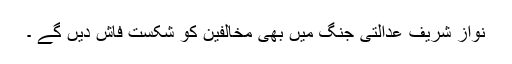
نواز شریف عدالتی جنگ میں بھی مخالفین کو شکست فاش دیں گے ۔